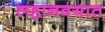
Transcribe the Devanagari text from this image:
लहानवयात